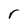
Character: r